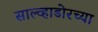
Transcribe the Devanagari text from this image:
साल्व्हाडोरच्या